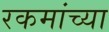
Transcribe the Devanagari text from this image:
रकमांच्या